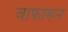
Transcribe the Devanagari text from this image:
वाफारून